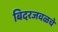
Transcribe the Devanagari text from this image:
बिदरजवळचे